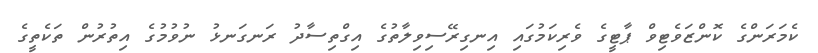
ކެމަރަންގެ ކޮންޒަވެޓިވް ޕާޓީގެ ވެރިކަމުގައި އިނގިރޭސިވިލާތުގެ އިގްތިސާދު ރަނގަނޅު ނުވުމުގެ އިތުރުން ތަކެތީގެ